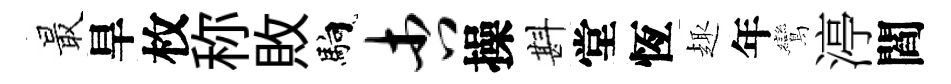
最旱枚称敗馿杏操斟堂恆趣年鸞渟閻